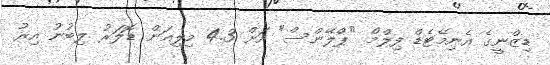
ޑިޒްނީގެ އެނިމޭޓެޑް ފިލްމް "ޕްލޭންސް" އަށް 4.3 މިލިއަން ޑޮލަރު ލިބުނު އިރު